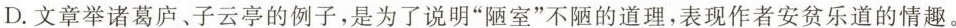
D.文章举诸葛庐、子云亭的例子，是为了说明”陋室”不陋的道理，表现作者安贫乐道的情趣。